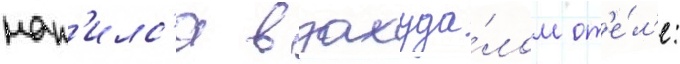
нап'илс'я в захуда́лом от'е́л'е: